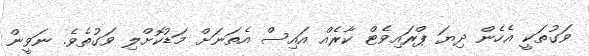
ވަގުތަކީ އެހެން ދިޔަ ޕްރައިވެޓް ކާރެއް އައިސް އެތަނަށް މަޑުކޮށްލި ވަގުތެވެ. ނަވީން